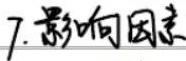
7.影响因素